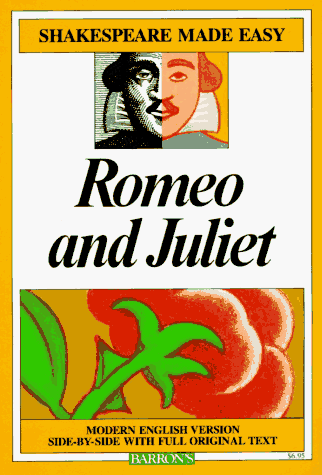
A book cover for Romeo and Juliet (Shakespeare Made Easy); William Shakespeare; Literature & Fiction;